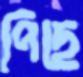
পিছে